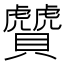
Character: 𧹂